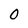
Character: 0